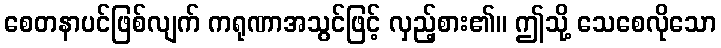
စေတနာပင်ဖြစ်လျက် ကရုဏာအသွင်ဖြင့် လှည့်စား၏။ ဤသို့ သေစေလိုသော